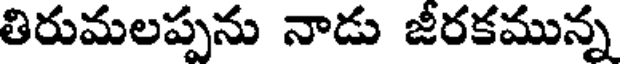
తిరుమలప్పను నాడు జీరకమున్న